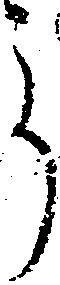
郎